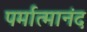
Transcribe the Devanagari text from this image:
पर्मात्मानंद